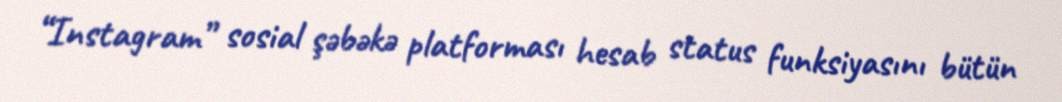
“Instagram” sosial şəbəkə platforması hesab status funksiyasını bütün